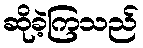
ဆိုခဲ့ကြသည်